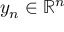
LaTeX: y _ { n } \in \mathbb { R } ^ { n }